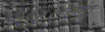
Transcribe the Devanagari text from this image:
१८८०च्या